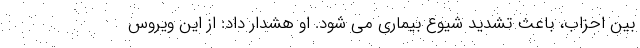
بین احزاب، باعث تشدید شیوع بیماری می شود. او هشدار داد: از این ویروس